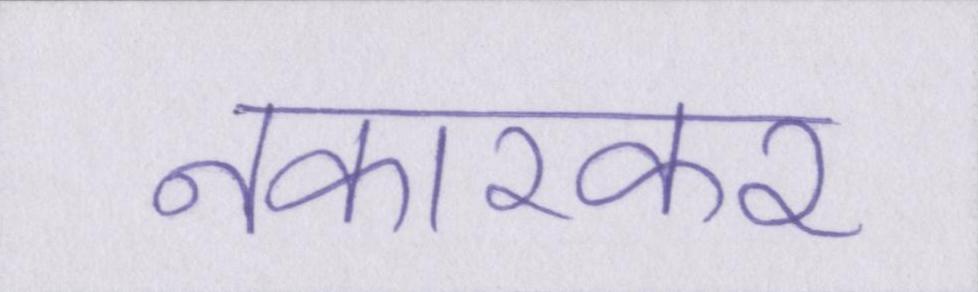
नकारकर